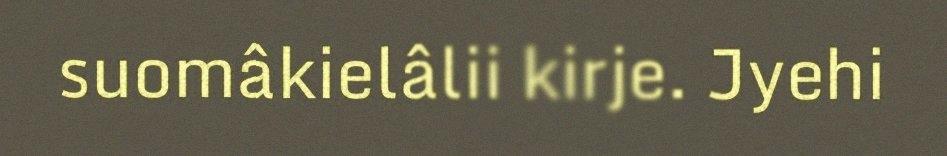
suomâkielâlii kirje. Jyehi